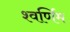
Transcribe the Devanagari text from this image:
श्वर्णिम